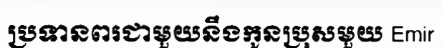
ប្រទានពរជាមួយនឹងកូនប្រុសមួយ Emir